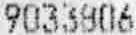
9033806